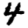
Digit: 4